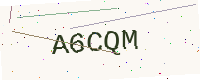
Text: A6CQM